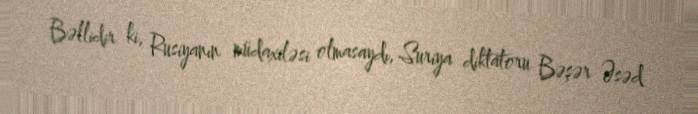
Bəllidir ki, Rusiyanın müdaxiləsi olmasaydı, Suriya diktatoru Bəşər Əsəd